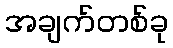
အချက်တစ်ခု